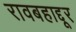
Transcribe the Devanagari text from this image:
रावबहाद्दूर